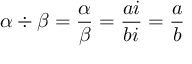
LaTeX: \alpha \div \beta = { \frac { \alpha } { \beta } } = { \frac { a i } { b i } } = { \frac { a } { b } }